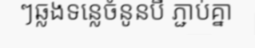
ៗឆ្លងទន្លេចំនូនបី ភ្ជាប់គ្នា